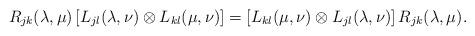
LaTeX: \begin{align*}R_{jk} (\lambda, \mu)\left[L_{j l} (\lambda, \nu) \otimes L_{k l} (\mu, \nu)\right]=\left[L_{k l} (\mu, \nu) \otimes L_{j l} (\lambda, \nu)\right]R_{jk} (\lambda, \mu).\end{align*}